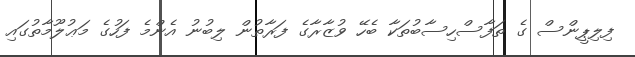
ފިލިޕީންސް ގެ ތަފާސްހިސާބުތަކާ ބެހޭ ވުޒާރާގެ ފަރާތުން ލިބުނު އެންމެ ފަހުގެ މަޢުލޫމާތުގައި